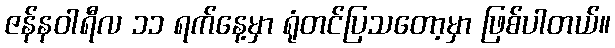
ဇန်နဝါရီလ ၁၁ ရက်နေ့မှာ ရုံတင်ပြသတော့မှာ ဖြစ်ပါတယ်။